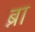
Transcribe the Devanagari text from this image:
ब्ना